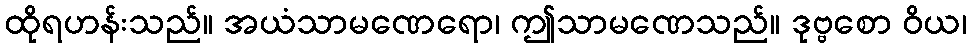
ထိုရဟန်းသည်။ အယံသာမဏေရော၊ ဤသာမဏေသည်။ ဒုဗ္ဗစော ဝိယ၊